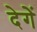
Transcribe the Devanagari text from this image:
देगेें